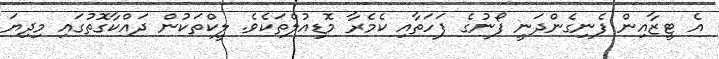
އެ ޓީޒާއިން ފެނިގެންދަނީ ފޯނުގެ ފަހަތާއި ކެމެރާ މޮޑިއުލްތަކެވެ. ލީކްތަކުން ދައްކާގޮތުގައި މިދިޔަ